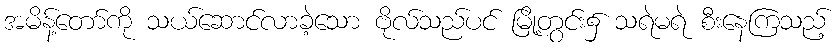
အမိန့်တော်ကို သယ်ဆောင်လာခဲ့သော ဗိုလ်သည်ပင် မြို့တွင်း၌ သရဲမရဲ စီးနေကြသည့်